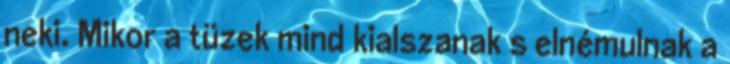
neki. Mikor a tüzek mind kialszanak s elnémulnak a